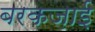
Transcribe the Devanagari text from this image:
बरकज़ाई